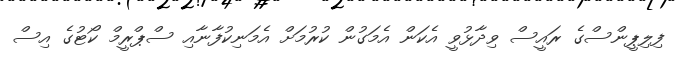
ފިލިޕީންސްގެ ރައީސް ވިދާޅުވީ އެކަން އެމަގުން ކުރުމަށް އެމަނިކުފާނާއި ސްޕްރީމް ކޯޓުގެ އިސް